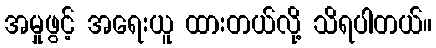
အမှုဖွင့် အရေးယူ ထားတယ်လို့ သိရပါတယ်။